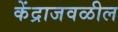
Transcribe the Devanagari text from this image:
केंद्राजवळील